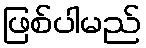
ဖြစ်ပါမည်